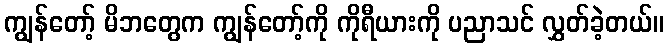
ကျွန်တော့် မိဘတွေက ကျွန်တော့်ကို ကိုရီယားကို ပညာသင် လွှတ်ခဲ့တယ်။